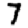
Digit: 7